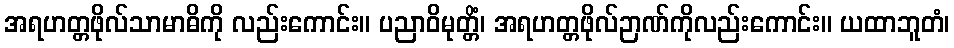
အရဟတ္တဖိုလ်သာမာဓိကို လည်းကောင်း။ ပညာဝိမုတ္တိံ၊ အရဟတ္တဖိုလ်ဉာဏ်ကိုလည်းကောင်း။ ယထာဘူတံ၊